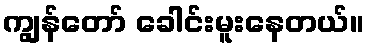
ကျွန်တော် ခေါင်းမူးနေတယ်။